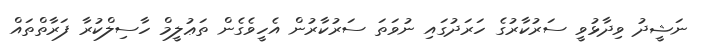
ނަޝީދު ވިދާޅުވީ ސަރުކާރުގެ ހަރަދުގައި ނުވަތަ ސަރުކާރުން އެހީވެގެން ތަޢުލީމް ހާސިލްކުރާ ފަރާތްތައް